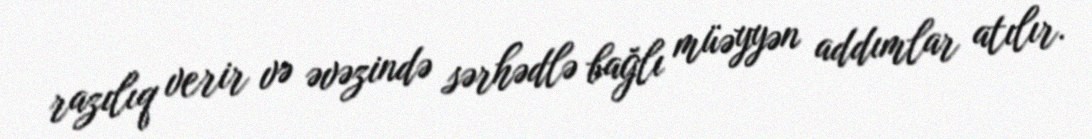
razılıq verir və əvəzində sərhədlə bağlı müəyyən addımlar atılır.